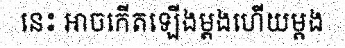
នេះ អាចកើតឡើងម្តងហើយម្តង